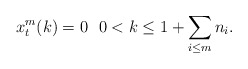
\begin{align*}x_t^m(k)=0 \ \ 0<k\le 1+\sum\limits_{i\le m} n_i.\end{align*}